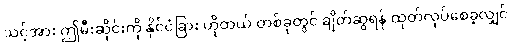
သင့်အား ဤမီးဆိုင်းကို နိုင်ငံခြား ဟိုတယ် တစ်ခုတွင် ချိတ်ဆွဲရန် ထုတ်လုပ်စေခဲ့လျှင်